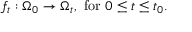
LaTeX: f _ { t } : \Omega _ { 0 } \to \Omega _ { t } , { \mathrm { ~ f o r ~ } } 0 \leq t \leq t _ { 0 } .